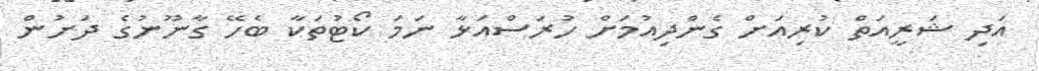
އަދި ޝަރީއަތް ކުރިއަށް ގެންދިއުމަށް ހުރަސްއަޅާ ނަމަ ކޯޓުތަކާ ބެހޭ ގާނޫނުގެ ދަށުން